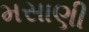
મસાણી